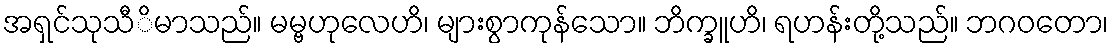
အရှင်သုသီိမာသည်။ မမ္ဗဟုလေဟိ၊ များစွာကုန်သော။ ဘိက္ခူဟိ၊ ရဟန်းတို့သည်။ ဘဂဝတော၊